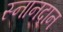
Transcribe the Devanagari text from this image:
स्नानदान